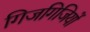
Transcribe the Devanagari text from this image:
गिजगिजियों